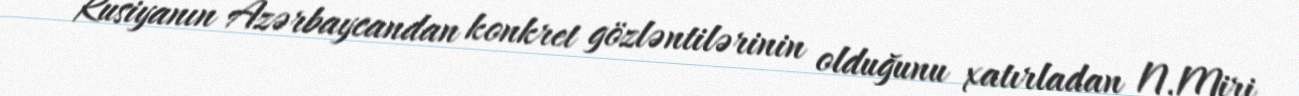
Rusiyanın Azərbaycandan konkret gözləntilərinin olduğunu xatırladan N.Miri